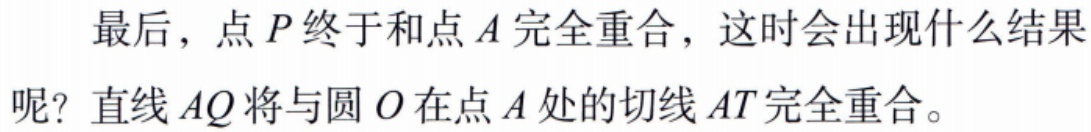
最后，点\(P\)终于和点\(A\)完全重合，这时会出现什么结果呢？直线\(AQ\)将与圆\(O\)在点\(A\)处的切线\(AT\)完全重合。